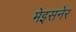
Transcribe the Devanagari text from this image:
मेइसनेर